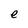
Character: e